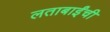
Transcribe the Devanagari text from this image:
लताबाईंची